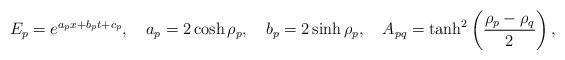
LaTeX: \begin{align*}E_p=e^{a_p x+b_p t +c_p}, \quad a_p=2\cosh\rho_p,\quad b_p =2\sinh \rho_p,\quad A_{pq}=\tanh^2\left(\frac{\rho_p-\rho_q}{2}\right),\end{align*}